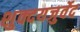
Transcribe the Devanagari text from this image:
शुक्दयजुर्वेद